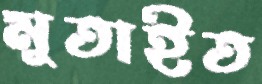
মুতাইত